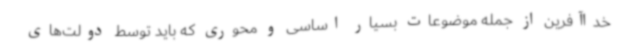
خداآفرین از جمله موضوعات بسیار اساسی و محوری که باید توسط دولت‌های